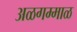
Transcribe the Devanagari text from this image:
अळगम्माळ